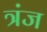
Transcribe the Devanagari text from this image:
त्रंज